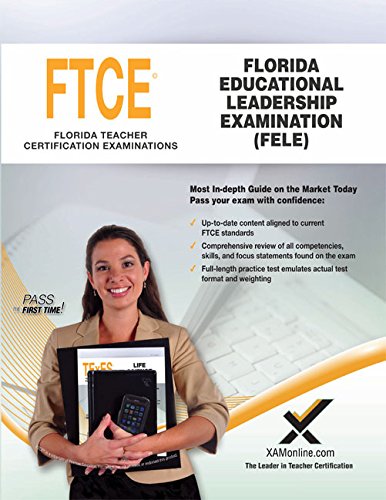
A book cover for Florida Educational Leadership Examination (FELE); Sharon Wynne; Test Preparation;